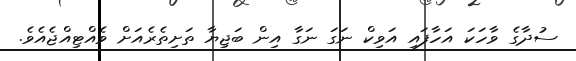
ސުދާގެ ވާހަކަ އަހާފައި އަވިކް ނަގަ ނަގާ އިން ބަޖިޔާ ތަށިތެރެއަށް ވެއްޓިއްޖެއެވެ.